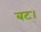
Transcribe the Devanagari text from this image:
बट।